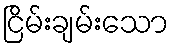
ငြိမ်းချမ်းသော